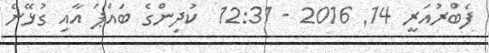
ފެބްރުއަރީ 14